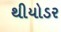
થીયોડર